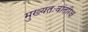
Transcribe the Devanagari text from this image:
मुख्‍यतःवांतरिक्ष